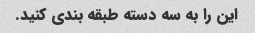
این را به سه دسته طبقه بندی کنید.